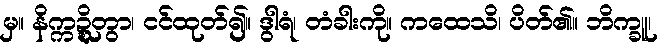
မှ။ နိက္ကဍ္ဍ္ဎိတွာ၊ ငင်ထုတ်၍။ ဒွါရံ၊ တံခါးကို။ ကထေသိ၊ ပိတ်၏။ ဘိက္ခူ၊